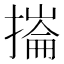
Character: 𢳳